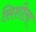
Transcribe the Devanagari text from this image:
सिशीला